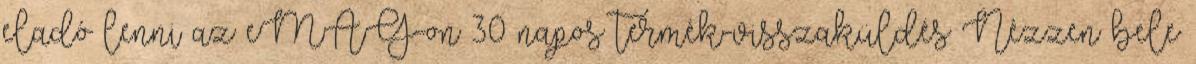
eladó lenni az eMAG-on 30 napos termék-visszaküldés Nézzen bele